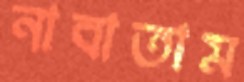
নাবাতাম